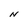
Character: N